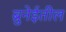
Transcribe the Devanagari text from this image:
ब्रुनेईतील